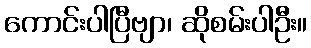
ကောင်းပါပြီဗျာ၊ ဆိုစမ်းပါဦး။